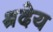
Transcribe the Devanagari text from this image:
श्रदेय